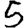
Digit: 5